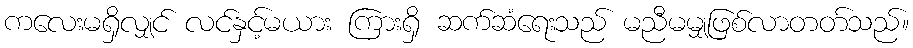
ကလေးမရှိလျှင် လင်နှင့်မယား ကြားရှိ ဆက်ဆံရေးသည် မညီမမျှဖြစ်လာတတ်သည်။